Annual report of the Bengal Veterinary College and of the Civil Veterinary Department, Bengal, for the year 1909-1910 - 1909-1910
Year: 1909
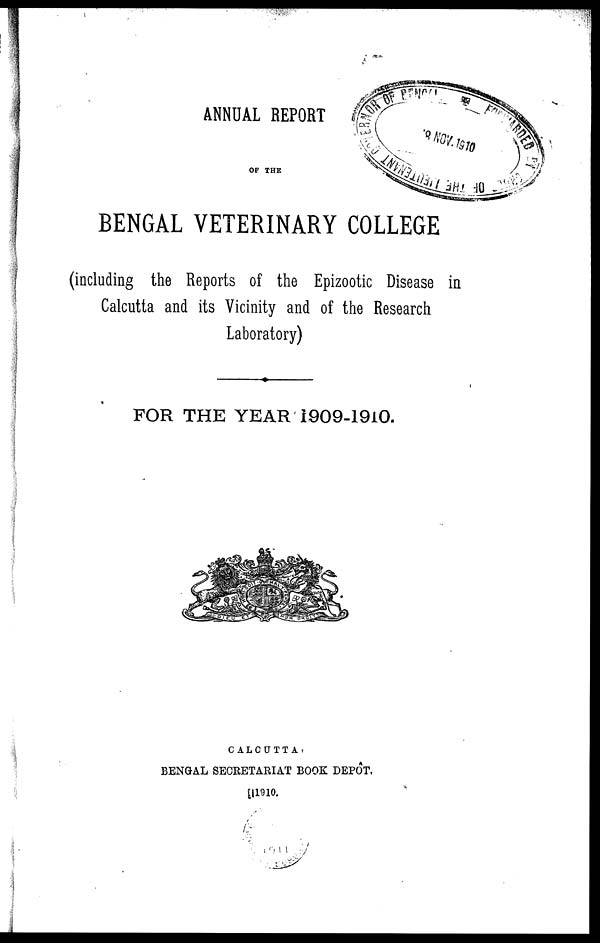
ANNUAL REPORT
OF THE
BENGAL VETERINARY COLLEGE
(including the Reports of the Epizootic Disease in
Calcutta and its Vicinity and of the Research
Laboratory)
FOR THE YEAR 1909-1910.
CALCUTTA:
BENGAL SECRETARIAT BOOK DEPOT,
[1910.